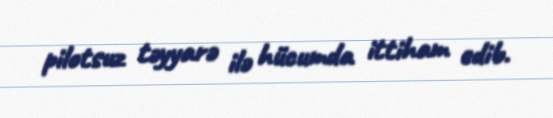
pilotsuz təyyarə ilə hücumda ittiham edib.